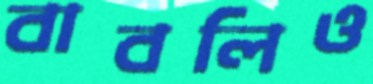
বাবলিও